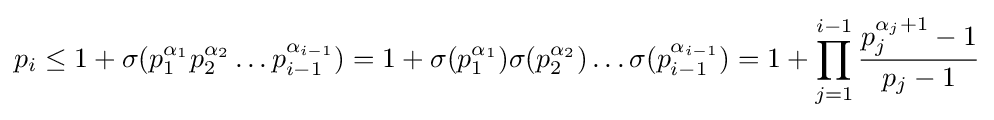
p_{i}\leq 1+\sigma (p_{1}^{\alpha _{1}}p_{2}^{\alpha _{2}}\dots p_{i-1}^{\alpha _{i-1}})=1+\sigma (p_{1}^{\alpha _{1}})\sigma (p_{2}^{\alpha _{2}})\dots \sigma (p_{i-1}^{\alpha _{i-1}})=1+\prod _{j=1}^{i-1}{\frac {p_{j}^{\alpha _{j}+1}-1}{p_{j}-1}}